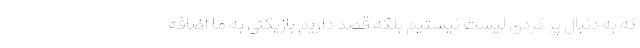
که به دنبال پر کردن لیست نیستیم بلکه قصد داریم بازیکنی به ما اضافه